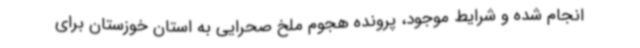
انجام شده و شرایط موجود، پرونده هجوم ملخ صحرایی به استان خوزستان برای